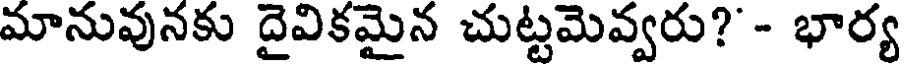
మానువునకు దైవికమైన చుట్టమెవ్వరు?' - భార్య